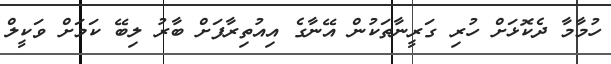
ހުމާމާ ދެކޮޅަށް ހުރި ގަރީނާތަކުން އޭނާގެ އިއުތިރާފަށް ބާރު ލިބޭ ކަމަށް ވަކީލް